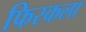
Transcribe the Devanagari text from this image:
फिरकला